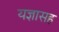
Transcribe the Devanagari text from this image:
यज्ञासह